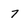
Character: 7